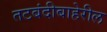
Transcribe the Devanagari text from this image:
तटबंदीबाहेरील